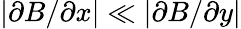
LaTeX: |\partial B/\partial x|\ll|\partial B/\partial y|